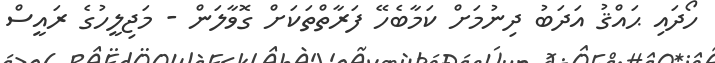
ހޯދައި ޙައްޤު އަދަބު ދިނުމަށް ކަމާބެހޭ ފަރާތްތަކަށް ގޮވާލަން - މަޖިލީހުގެ ރައީސް